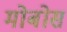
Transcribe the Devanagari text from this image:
मोबोस